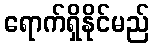
ရောက်ရှိနိုင်မည်